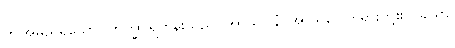
ဤအမည်ရှိသော။ ဘိက္ခု၊ ရဟန်းသည်။ အာသဝါနံ၊ အာသဝေါတရားတို့၏။ ခယာ၊